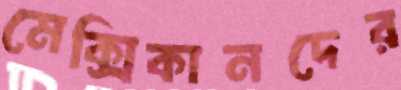
মেক্সিকানদের